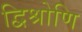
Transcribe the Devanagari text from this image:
द्विश्रोणि